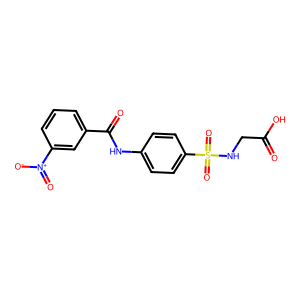
SMILES: O=C(O)CNS(=O)(=O)c1ccc(NC(=O)c2cccc([N+](=O)[O-])c2)cc1
Inhibits HIV replication: No